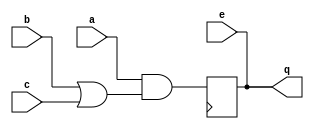
module dut (input a,b,c,e, output q); 
    wire a, b, c; 
    reg r; 
    reg clk; 
    reg q; 
    reg d; 
    always @(a,b,c) 
       d = a & (b|c); 
    always @(e) 
       q = e; 
    always @(posedge clk) 
        q <= d;    
endmodule